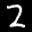
Label: 2